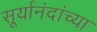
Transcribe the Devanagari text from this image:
सूर्यानंदांच्या